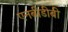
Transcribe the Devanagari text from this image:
एनबीडीबी